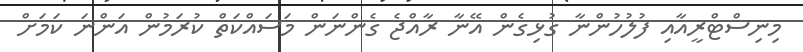
މިނިސްޓްރީއާއި ފުލުހުންނާ ގުޅިގެން އޭނާ ރާއްޖެ ގެންނަން މަސައްކަތް ކުރަމުން އަންނަ ކަމަށް